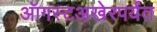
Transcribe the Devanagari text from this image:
ऑगस्टअखेरपर्यंत